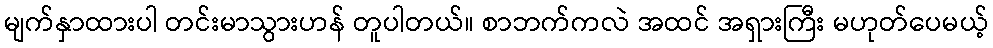
မျက်နှာထားပါ တင်းမာသွားဟန် တူပါတယ်။ စာဘက်ကလဲ အထင် အရှားကြီး မဟုတ်ပေမယ့်